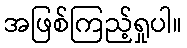
အဖြစ်ကြည့်ရှုပါ။